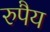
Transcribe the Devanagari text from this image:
रुपैय